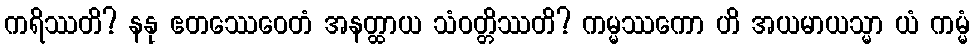
ကရိဿတိ? နနု ဧတဿေဝေတံ အနတ္ထာယ သံဝတ္တိဿတိ? ကမ္မဿကော ဟိ အယမာယသ္မာ ယံ ကမ္မံ